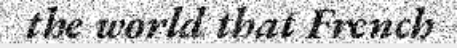
the world that French